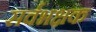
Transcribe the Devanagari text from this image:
सर्वभक्षक